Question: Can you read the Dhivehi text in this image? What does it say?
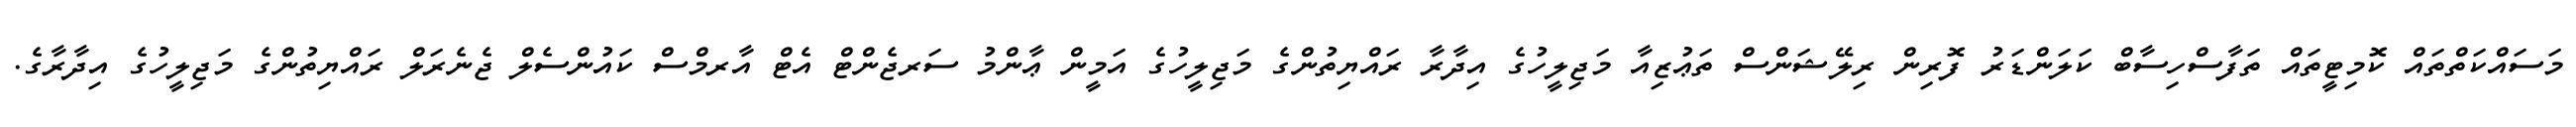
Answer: މަސައްކަތްތައް ކޮމިޓީތައް ތަފާސްހިސާބް ކަލަންޑަރު ފޮރިން ރިލޭޝަންސް ތަޢުޒިއާ މަޖިލީހުގެ އިދާރާ ރައްޔިތުންގެ މަޖިލީހުގެ އަމީން ޢާންމު ސަރޖެންޓް އެޓް އާރމްސް ކައުންސެލް ޖެނެރަލް ރައްޔިތުންގެ މަޖިލީހުގެ އިދާރާގެ.